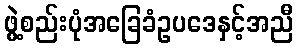
ဖွဲ့စည်းပုံအခြေခံဥပဒေနှင့်အညီ